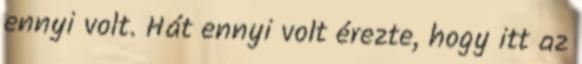
ennyi volt. Hát ennyi volt érezte, hogy itt az